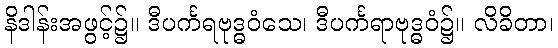
နိဒါန်းအဖွင့်၌။ ဒီပင်္ကရဗုဒ္ဓဝံသေ၊ ဒီပင်္ကရာဗုဒ္ဓဝံ၌။ လိခိတာ၊